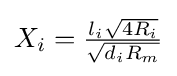
X_{i}={\tfrac {l_{i}{\sqrt {4R_{i}}}}{\sqrt {d_{i}R_{m}}}}